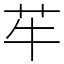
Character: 䒜